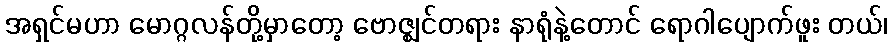
အရှင်မဟာ မောဂ္ဂလန်တို့မှာတော့ ဗောဇ္ဈင်တရား နာရုံနဲ့တောင် ရောဂါပျောက်ဖူး တယ်၊